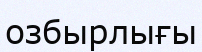
озбырлығы